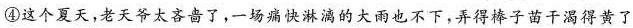
④这个夏天，老天爷太吝了，-一场痛快淋漓的大雨也不下，弄得棒子苗干渴得黄了